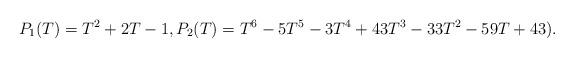
LaTeX: \begin{align*}P_1(T) = T^2 + 2T - 1, P_2(T) = T^6 - 5T^5 - 3T^4 + 43T^3 - 33T^2 - 59T + 43).\end{align*}